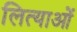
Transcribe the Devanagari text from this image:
लित्याओं